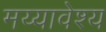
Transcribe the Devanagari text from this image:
मय्यावेश्य